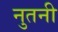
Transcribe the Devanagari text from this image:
नुतनी